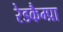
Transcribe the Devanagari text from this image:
रेडकैम्प्रा